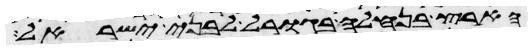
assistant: הארץ בנחלה בגורל לבני ישראל